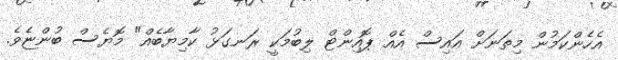
އެހެންކަމުން މިތަނަށް އައިސް އެއް ޕޮއިންޓް ލިބުމަކީ ރަނގަޅު ކާމިޔާބެއް" މޮޔެސް ބުންޏެވެ.